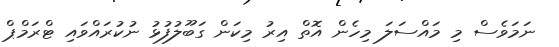
ނަމަވެސް މި މައްސަލަ މިހެން އޮތް އިރު މިކަން ގަބޫލުފުޅު ނުކުރައްވައި ޓްރަމްޕް